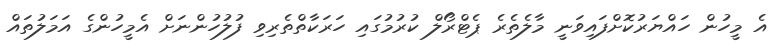
އެ މީހުން ހައްޔަރުކޮށްފައިވަނީ މާލެތެރެ ޕެޓްރޯލް ކުރުމުގައި ހަރަކާތްތެރިވި ފުލުހުންނަށް އެމީހުންގެ އަމަލުތައް